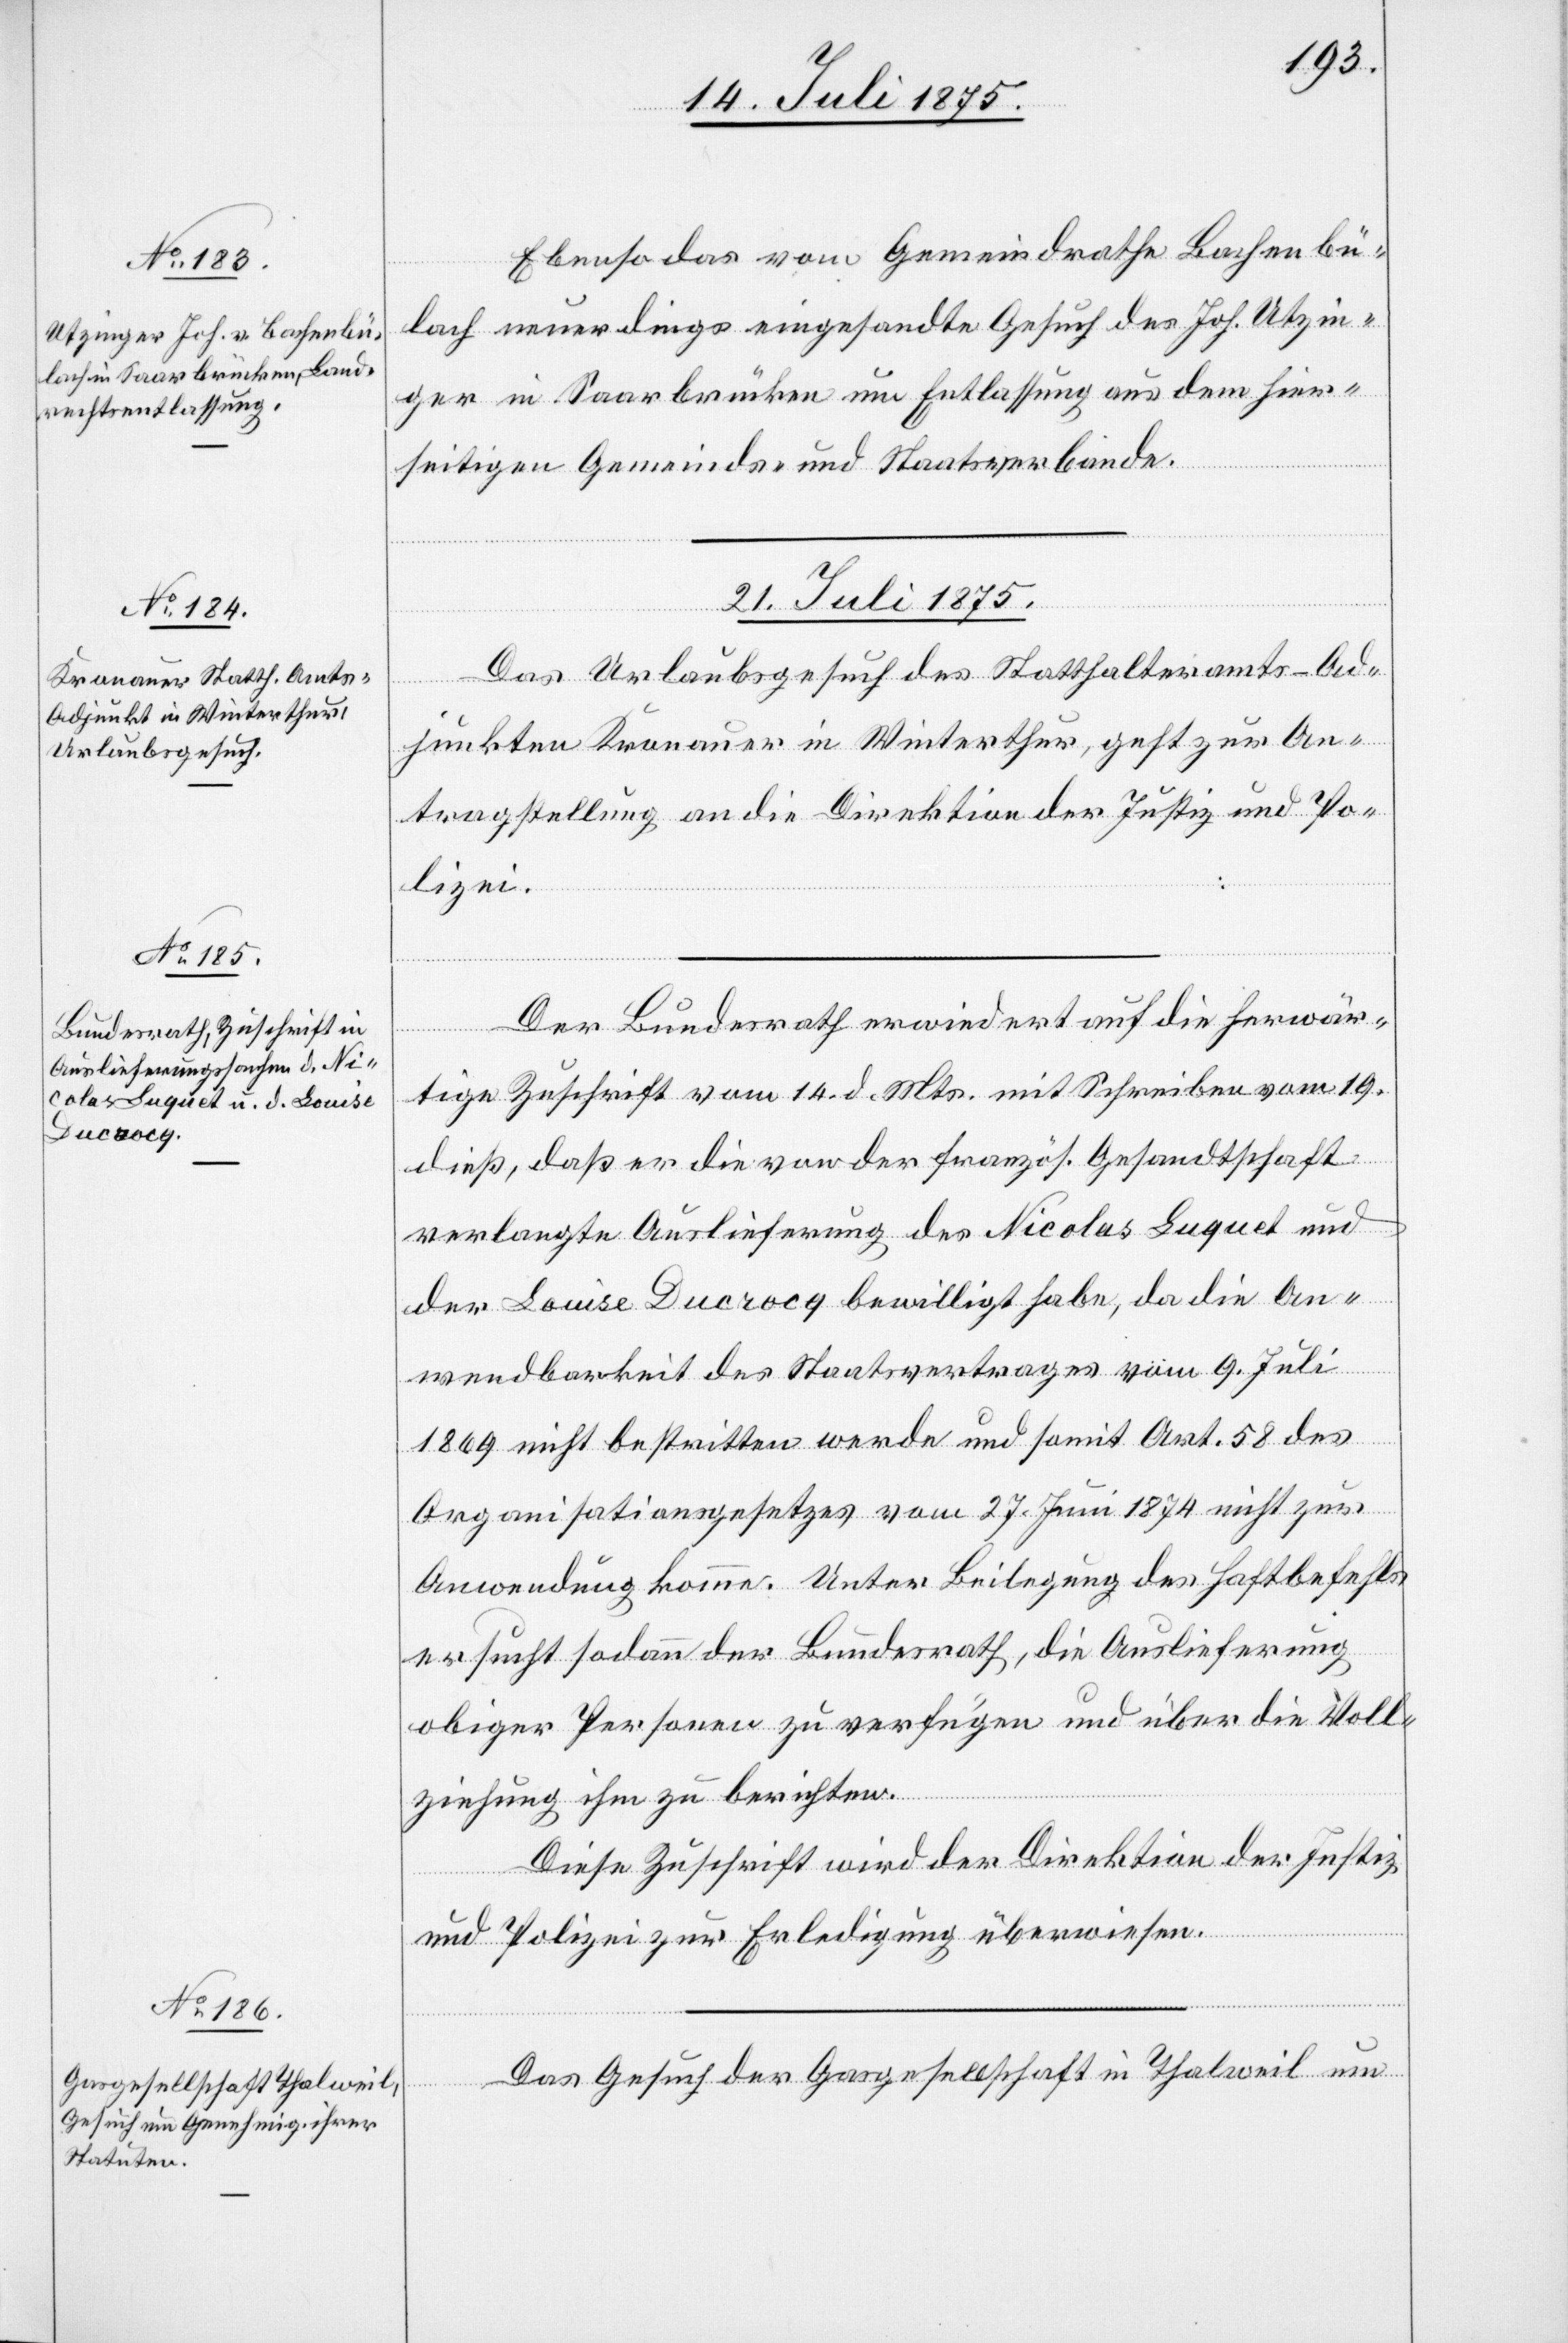
Ebenso das vom Gemeindrathe Bachenbü¬
lach neuerdings eingesandte Gesuch des Joh. Utzin¬
ger in Saarbrücken um Entlassung aus dem hier¬
seitigen Gemeinds- und Staatsverbande.
21. Juli 1875.]
Das Urlaubsgesuch des Statthalteramts-Ad¬
Thalweil
junkten Kronauer in Winterthur, geht zur An¬
tragstellung an die Direktion der Justiz und Po¬
lizei.
Der Bundesrath erwiedert auf die herwär¬
tige Zuschrift vom 14. d. Mts. mit Schreiben vom 19.
dieß, daß er die von der französ. Gesandtschaft
verlangte Auslieferung des Nicolas Luquet und
der Louise Ducrocq bewilligt habe, da die An¬
wendbarkeit des Staatsvertrages vom 9. Juli
1869 nicht bestritten werde und somit Art. 58 des
Organisationsgesetzes vom 27. Juni 1874 nicht zur
Anwendung komme. Unter Beilegung des Haftbefehls
ersucht sodann der Bundesrath, die Auslieferung
obiger Personen zu verfügen und über die Voll¬
um
ziehung ihm zu berichten.
Diese Zuschrift wird der Direktion der Justiz
und Polizei zur Erledigung überwiesen.